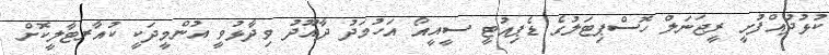
ކުޅުދުއްފުށީ ރީޖަނަލް ހޮސްޕިޓަލުގެ ޑެޕިއުޓީ ސީއީއޯ އަހުމަދު ދާއޫދު ވިދާޅުވީ އުންމީދަކީ ކުއާރޓާލީކޮށް